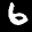
Label: 6